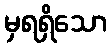
မှရရှိသော